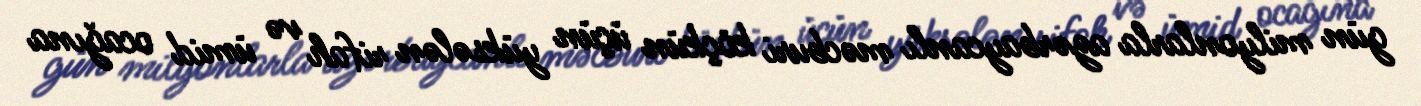
gün milyonlarla azərbaycanlı məcburi köçkün üçün yüksələn rifah və ümid ocağına